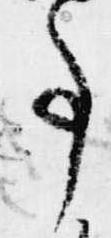
事